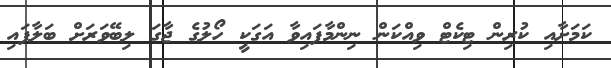
ކަމަށާއި ކުރިން ޓިކެޓް ވިއްކަން ނިންމާފައިވާ އަގަކީ ހޯލުގެ ޖާގަ ލިބޭވަރަށް ބަލާފައި